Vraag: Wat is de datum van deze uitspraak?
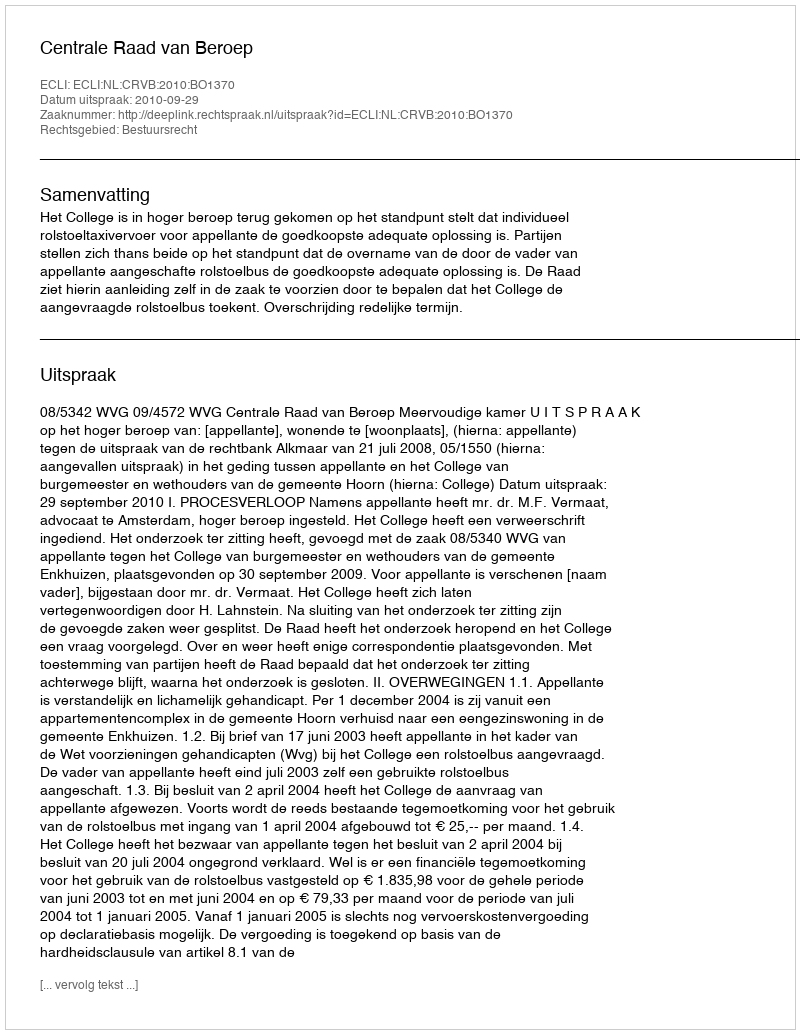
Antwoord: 2010-09-29